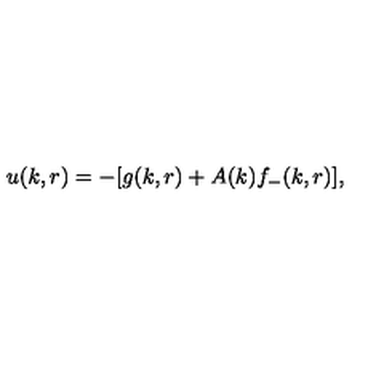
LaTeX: u ( k , r ) = - [ g ( k , r ) + A ( k ) f _ { - } ( k , r ) ] ,